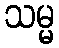
သမ္မ